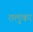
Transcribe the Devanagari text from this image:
तलुका